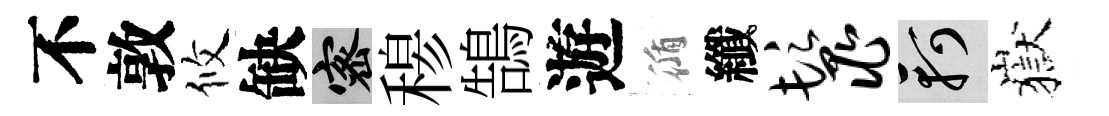
不敦攸缺密𥠇鵠遊循纖鬣軻嶽